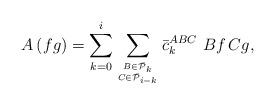
LaTeX: \begin{align*}A \left( f g \right)= \sum_{k=0}^i \sum_{ B \in \bar{\mathcal P}_k \atop C\in \bar{\mathcal P}_{i-k}} {\bar c}^{ABC}_{k} \ Bf\, Cg,\end{align*}